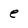
Character: e